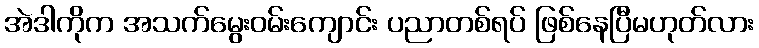
အဲဒါကိုက အသက်မွေးဝမ်းကျောင်း ပညာတစ်ရပ် ဖြစ်နေပြီမဟုတ်လား